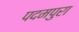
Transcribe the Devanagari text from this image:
पदमपुरा